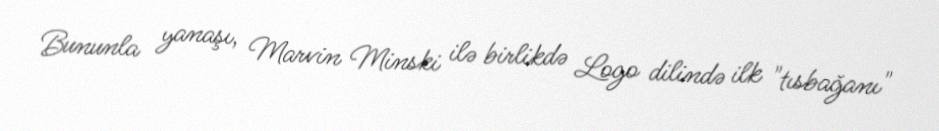
Bununla yanaşı, Marvin Minski ilə birlikdə Logo dilində ilk "tısbağanı"